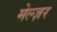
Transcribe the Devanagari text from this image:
मेल्ज़र